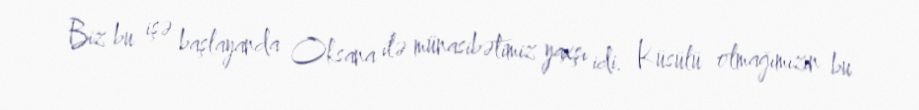
Biz bu işə başlayanda Oksana ilə münasibətimiz yaxşı idi. Küsülü olmağımızın bu